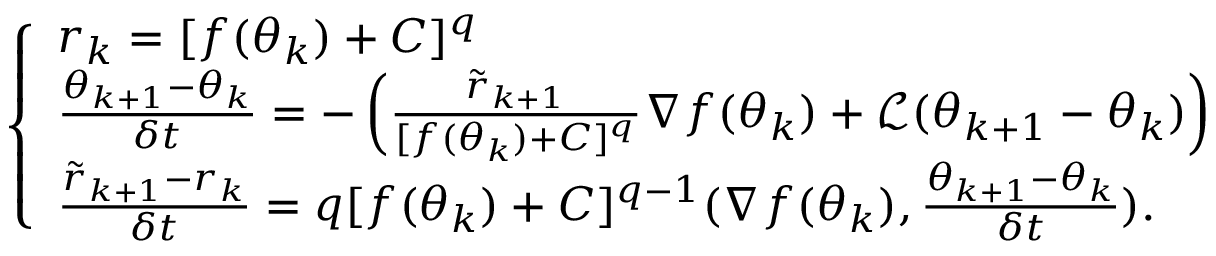
\left\{ \begin{array} { l l } { r _ { k } = [ f ( \theta _ { k } ) + C ] ^ { q } } \\ { \frac { \theta _ { k + 1 } - \theta _ { k } } { \delta t } = - \left( \frac { \tilde { r } _ { k + 1 } } { [ f ( \theta _ { k } ) + C ] ^ { q } } \nabla f ( \theta _ { k } ) + \mathcal { L } ( \theta _ { k + 1 } - \theta _ { k } ) \right) } \\ { \frac { \tilde { r } _ { k + 1 } - r _ { k } } { \delta t } = q [ f ( \theta _ { k } ) + C ] ^ { q - 1 } ( \nabla f ( \theta _ { k } ) , \frac { \theta _ { k + 1 } - \theta _ { k } } { \delta t } ) . } \end{array} \right.